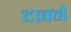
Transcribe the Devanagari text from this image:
दावनै